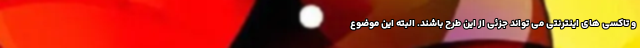
و تاکسی های اینترنتی می تواند جزئی از این طرح باشند. البته این موضوع